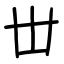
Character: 丗